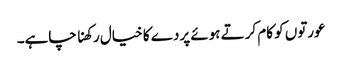
عورتوں کو کام کرتے ہوئے پردے کا خیال رکھنا چاہے۔